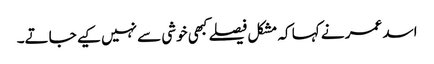
اسد عمر نے کہا کہ مشکل فیصلے کبھی خوشی سے نہیں کیے جاتے۔